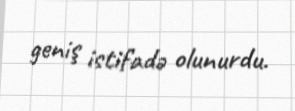
geniş istifadə olunurdu.